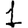
Digit: 1